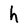
Character: h